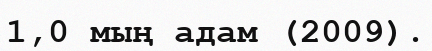
1,0 мың адам (2009).